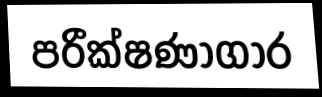
පරීක්ෂණාගාර